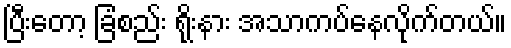
ပြီးတော့ ခြံစည်း ရိုးနား အသာကပ်နေလိုက်တယ်။